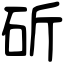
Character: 斫